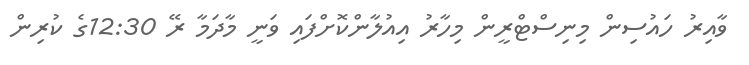
ވާއިރު ހައުސިން މިނިސްޓްރީން މިހާރު އިއުލާންކޮށްފައި ވަނީ މާދަމާ ރޭ 12:30ގެ ކުރިން